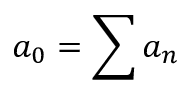
a _ { 0 } = \sum a _ { n }